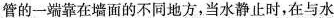
管的一端靠在墙面的不同地方，当水静止时，在与水